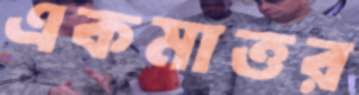
একমাত্তর